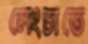
লেংচাতে